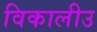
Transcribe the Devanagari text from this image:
विकालीउ